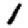
Digit: 1